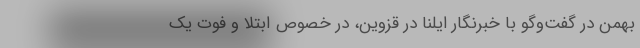
بهمن در گفت‌و‌گو با خبرنگار ایلنا در قزوین، در خصوص ابتلا و فوت یک